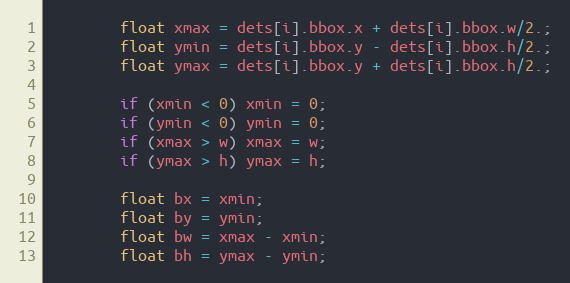
Language: C
        float xmax = dets[i].bbox.x + dets[i].bbox.w/2.;
        float ymin = dets[i].bbox.y - dets[i].bbox.h/2.;
        float ymax = dets[i].bbox.y + dets[i].bbox.h/2.;

        if (xmin < 0) xmin = 0;
        if (ymin < 0) ymin = 0;
        if (xmax > w) xmax = w;
        if (ymax > h) ymax = h;

        float bx = xmin;
        float by = ymin;
        float bw = xmax - xmin;
        float bh = ymax - ymin;